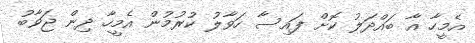
އެމީހާ އާ ބައްދަލު ކޮށް ފައިސާ ހަވާލު ކުރުމުން އެމީހާ ދިން ޖަވާބު